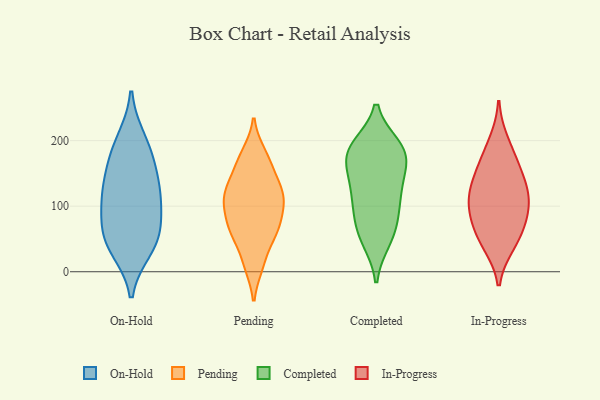
{"axis": {"x": "Bounce Rate (%)", "y": "Value"}, "legend": ["Completed", "In-Progress", "On-Hold", "Pending"], "data": [{"x": "", "y": 119, "type": "On-Hold"}, {"x": "", "y": 137, "type": "On-Hold"}, {"x": "", "y": 200, "type": "On-Hold"}, {"x": "", "y": 102, "type": "On-Hold"}, {"x": "", "y": 185, "type": "On-Hold"}, {"x": "", "y": 161, "type": "On-Hold"}, {"x": "", "y": 44, "type": "On-Hold"}, {"x": "", "y": 59, "type": "On-Hold"}, {"x": "", "y": 36, "type": "On-Hold"}, {"x": "", "y": 56, "type": "On-Hold"}, {"x": "", "y": 106, "type": "On-Hold"}, {"x": "", "y": 180, "type": "Pending"}, {"x": "", "y": 157, "type": "Pending"}, {"x": "", "y": 120, "type": "Pending"}, {"x": "", "y": 105, "type": "Pending"}, {"x": "", "y": 12, "type": "Pending"}, {"x": "", "y": 65, "type": "Pending"}, {"x": "", "y": 108, "type": "Pending"}, {"x": "", "y": 68, "type": "Pending"}, {"x": "", "y": 10, "type": "Pending"}, {"x": "", "y": 51, "type": "Pending"}, {"x": "", "y": 97, "type": "Pending"}, {"x": "", "y": 151, "type": "Pending"}, {"x": "", "y": 177, "type": "Pending"}, {"x": "", "y": 126, "type": "Pending"}, {"x": "", "y": 65, "type": "Pending"}, {"x": "", "y": 66, "type": "Pending"}, {"x": "", "y": 125, "type": "Pending"}, {"x": "", "y": 109, "type": "Pending"}, {"x": "", "y": 156, "type": "Completed"}, {"x": "", "y": 191, "type": "Completed"}, {"x": "", "y": 95, "type": "Completed"}, {"x": "", "y": 120, "type": "Completed"}, {"x": "", "y": 178, "type": "Completed"}, {"x": "", "y": 129, "type": "Completed"}, {"x": "", "y": 186, "type": "Completed"}, {"x": "", "y": 164, "type": "Completed"}, {"x": "", "y": 122, "type": "Completed"}, {"x": "", "y": 51, "type": "Completed"}, {"x": "", "y": 67, "type": "Completed"}, {"x": "", "y": 48, "type": "Completed"}, {"x": "", "y": 185, "type": "Completed"}, {"x": "", "y": 86, "type": "Completed"}, {"x": "", "y": 188, "type": "Completed"}, {"x": "", "y": 115, "type": "In-Progress"}, {"x": "", "y": 130, "type": "In-Progress"}, {"x": "", "y": 168, "type": "In-Progress"}, {"x": "", "y": 103, "type": "In-Progress"}, {"x": "", "y": 84, "type": "In-Progress"}, {"x": "", "y": 80, "type": "In-Progress"}, {"x": "", "y": 199, "type": "In-Progress"}, {"x": "", "y": 138, "type": "In-Progress"}, {"x": "", "y": 63, "type": "In-Progress"}, {"x": "", "y": 164, "type": "In-Progress"}, {"x": "", "y": 112, "type": "In-Progress"}, {"x": "", "y": 44, "type": "In-Progress"}, {"x": "", "y": 41, "type": "In-Progress"}]}